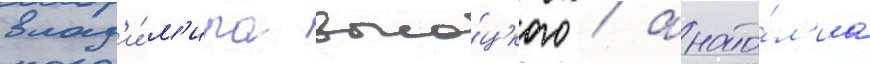
влад'и́м'ира высо́цкого / анато́л'иа